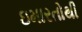
ઇમારતોથી